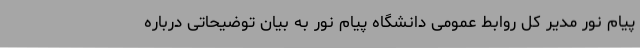
پیام نور مدیر کل روابط عمومی دانشگاه پیام نور به بیان توضیحاتی درباره